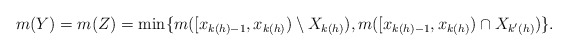
\begin{align*}m(Y) = m(Z) = \min\{m([x_{k(h)-1}, x_{k(h)}) \setminus X_{k(h)}), m([x_{k(h)-1}, x_{k(h)}) \cap X_{k'(h)}) \}.\end{align*}